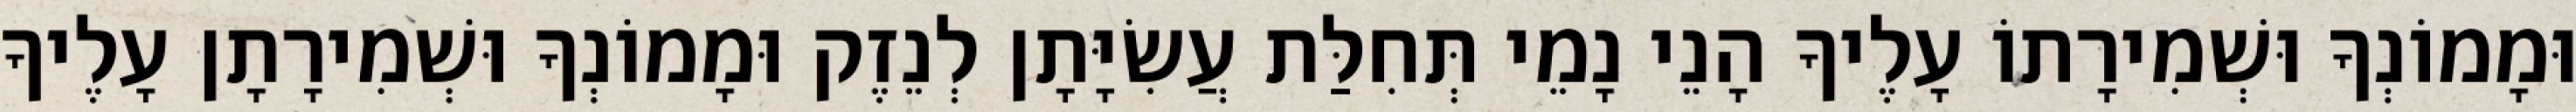
וּמָמוֹנְךָ וּשְׁמִירָתוֹ עָלֶיךָ הָנֵי נָמֵי תְּחִלַּת עֲשִׂיָּתָן לְנֵזֶק וּמָמוֹנְךָ וּשְׁמִירָתָן עָלֶיךָ